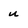
Character: u